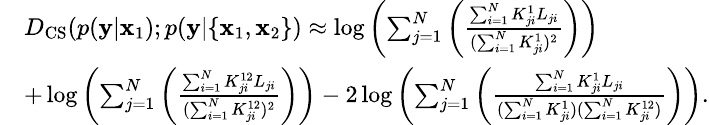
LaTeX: \small\begin{array}{rl}&{D_{\mathrm{CS}}(p(\mathbf{y}|\mathbf{x}_{1});p(\mathbf{y}|\{ \mathbf{x}_{1},\mathbf{x}_{2}\} )\approx\log\left(\sum_{j=1}^{N}\left(\frac{\sum_{i=1}^{N}K_{ji}^{1}L_{ji}}{(\sum_{i=1}^{N}K_{ji}^{1})^{2}}\right)\right)}\\ &{+\log\left(\sum_{j=1}^{N}\left(\frac{\sum_{i=1}^{N}K_{ji}^{12}L_{ji}}{(\sum_{i=1}^{N}K_{ji}^{12})^{2}}\right)\right)-2\log\left(\sum_{j=1}^{N}\left(\frac{\sum_{i=1}^{N}K_{ji}^{1}L_{ji}}{(\sum_{i=1}^{N}K_{ji}^{1})(\sum_{i=1}^{N}K_{ji}^{12})}\right)\right).}\end{array}